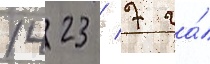
1423 / 7 га́